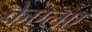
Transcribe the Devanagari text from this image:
केएलए